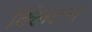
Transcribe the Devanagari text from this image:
क्‍लिंटन